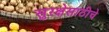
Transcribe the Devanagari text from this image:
सुरक्षेसाठीचे